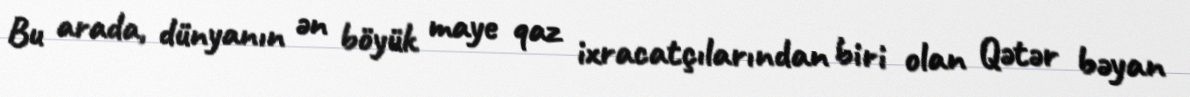
Bu arada, dünyanın ən böyük maye qaz ixracatçılarından biri olan Qətər bəyan